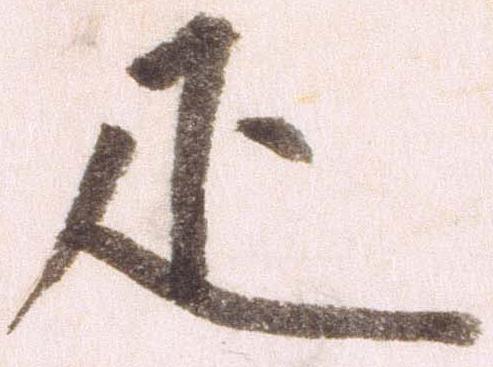
疋